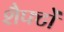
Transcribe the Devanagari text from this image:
शैफ्टों